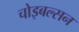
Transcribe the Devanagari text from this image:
चोइबल्सन